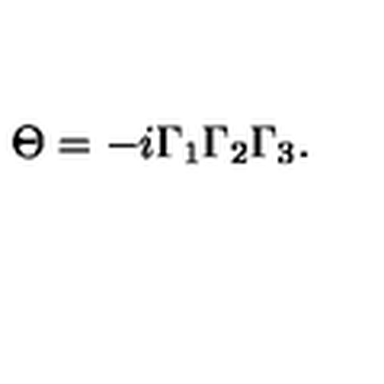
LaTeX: \Theta = - i \Gamma _ { 1 } \Gamma _ { 2 } \Gamma _ { 3 } .